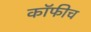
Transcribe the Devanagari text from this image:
कॉफीच